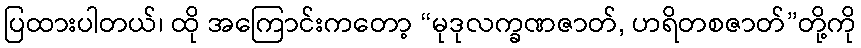
ပြထားပါတယ်၊ ထို အကြောင်းကတော့ “မုဒုလက္ခဏဇာတ်, ဟရိတစဇာတ်”တို့ကို